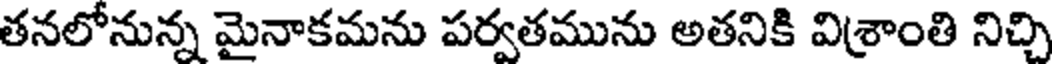
తనలోనున్న మైనాకమను పర్వతమును అతనికి విశ్రాంతి నిచ్చి